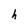
Character: h